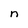
Character: n